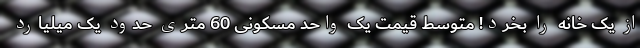
از یک خانه را بخرد! متوسط قیمت یک واحد مسکونی 60 متری حدود یک میلیارد